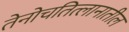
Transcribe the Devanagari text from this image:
तेनोचतित्लानातील